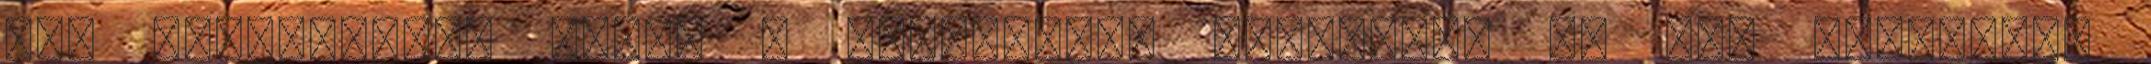
nem kodositenek ezzel a lehetetlen sztorival es nem tuntetnek